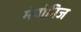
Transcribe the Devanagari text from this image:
मेयोनिज